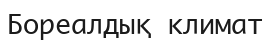
Бореалдық климат